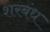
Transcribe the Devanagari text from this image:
शरबंध